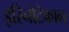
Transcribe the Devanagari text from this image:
इरिनोटेकान